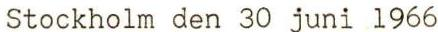
Stockholm den 30 juni 1966